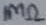
Text: 1MΩ